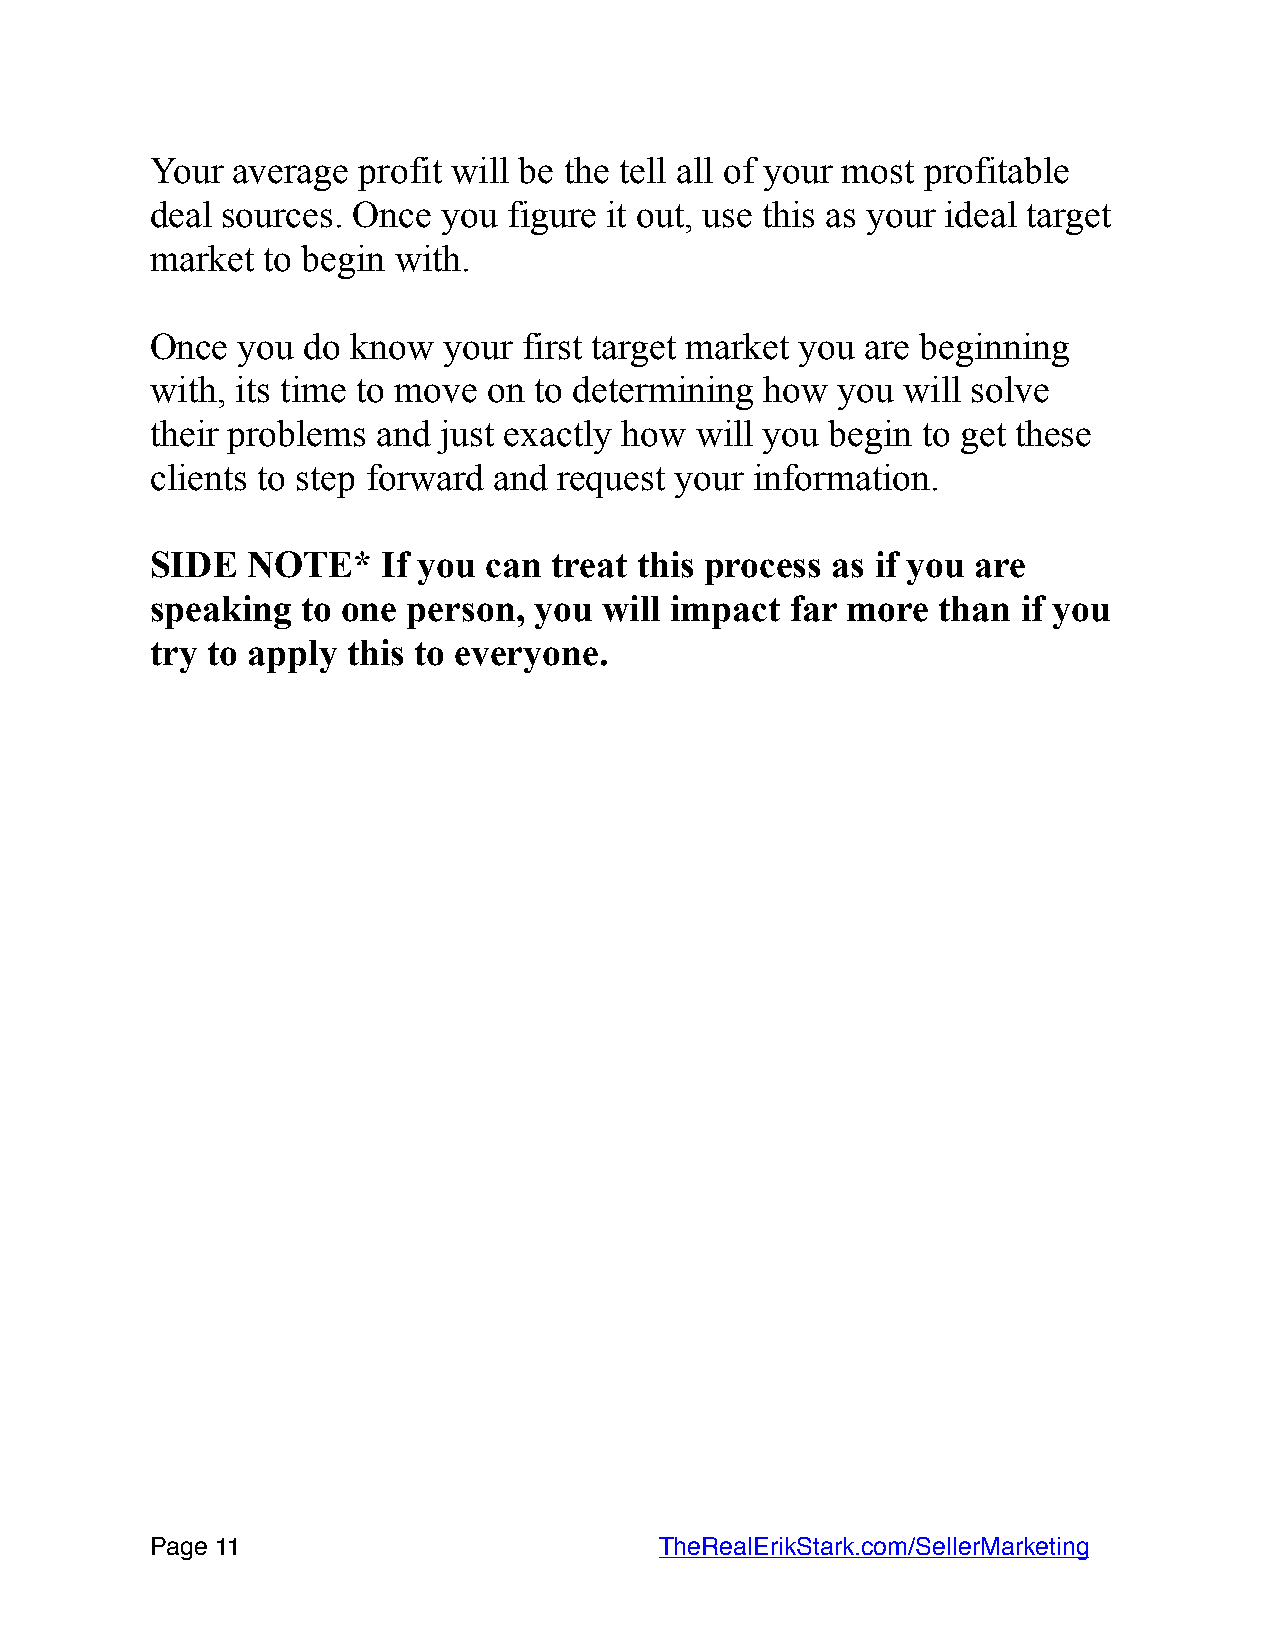
Your average  profit will be the tell all of your most profitable
 deal sources. Once you  figure it out, use this as your ideal target
 market to begin with.
 Once  you do know  your  first target market you are beginning
 with, its time to move on to determining how you  will solve
 their problems and just exactly how will you begin to get these
 clients to step forward and request your information.
 SIDE  NOTE*    If you can treat this process as if you are
 speaking  to one person, you  will impact far more  than  if you
 try to apply this to everyone.
 Page 1 1                         TheRealErikStark.com/SellerMarketing